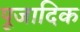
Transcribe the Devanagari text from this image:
पूजादिक